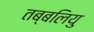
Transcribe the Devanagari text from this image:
तब्बलियु